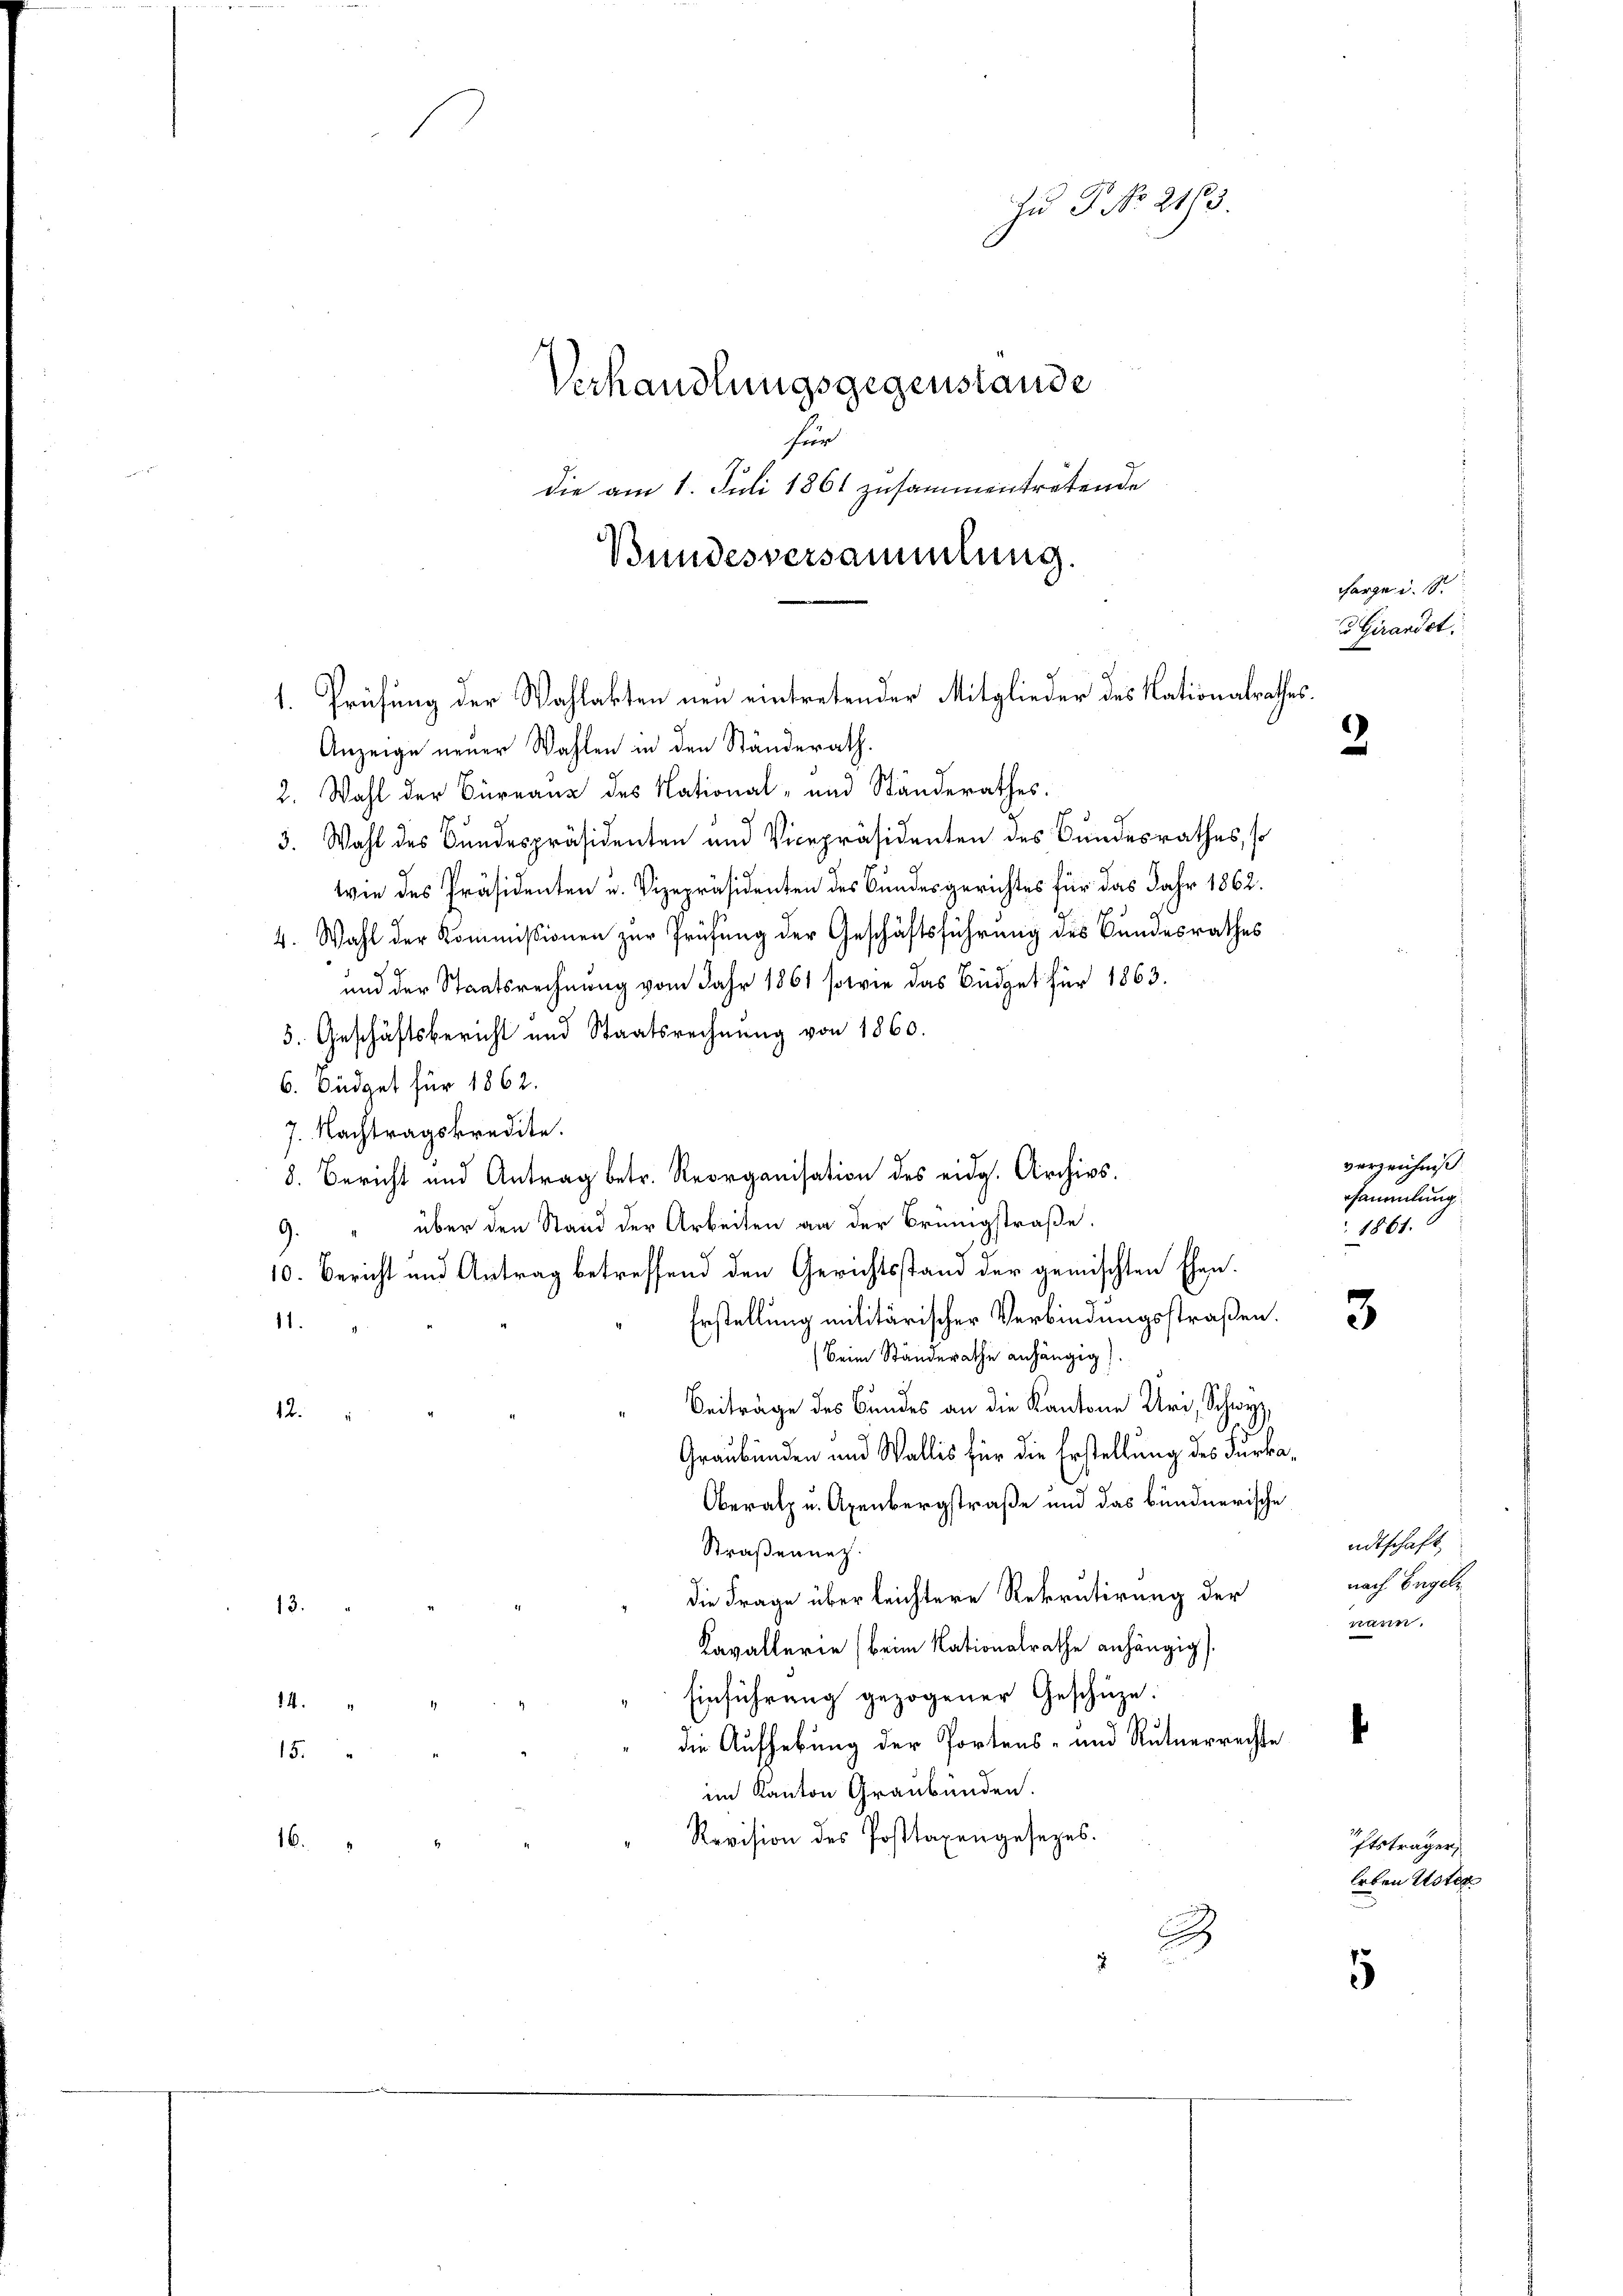
Zu P No. 2193.
Verhandlungsgegenstande
für
die am 1. Juli 1861 zusammentretende
Bundesversammlung.

1. Prüfung der Wahlakten neu eintretender Mitglieder des Nationalrathes.
Anzeige neuer Wahlen in den Ständerath.
2. Wahl der Büreaux des National- und Ständerathes.

3. Wahl des Bundespräsidenten und Vicepräsidenten des Bundesrathes, so
wie des Präsidenten u. Vizepräsidenten des Bundesgerichtes für das Jahr 1862.
4. Wahl der Kommissionen zur Prüfung der Geschäftsführung des Bundesrathes
und der Staatsrechnung vom Jahr 1861 sowie das Büdget für 1863.
5. Geschäftsbericht und Staatsrechnung von 1860.
6. Büdget für 1862.
7. Nachtragskredite.
8. Bericht und Antrag betr. Reorganisation des eidg. Archivs.
9. " über den Stand der Arbeiten an der Brüngstraße.
10. Bericht und Antrag betreffend den Gerichtsstand der gemischten Ehen.
Erstellung militärischer Verbindungsstraßen.
11.
Beim Ständerathe anhängig).
Beiträge des Bundes an die Kantone Uri, Schwyz,
12.
Graubünden und Wallis für die Erstellung des Fürka¬
Oberalp u. Axenbergstraße und das bündnerische
Straßennetz.
die Frage über leichtere Rekrutirung der
13.
Kavallerie (beim Nationalrathe anhängig
Einführung gezogener Geschüze:
14.
die Aufhebung der Portens- und Rutherrechte
15.
im Kanton Graubünden.
Revision des Posttaxengesezes.
16.
2
2

forge u. S.
u Girandst

2

3

ftsträger
Erben Uster
5

verzeichniß
sammlung
1861.

adtschaft,
nach Engele
riten.